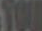
YOU